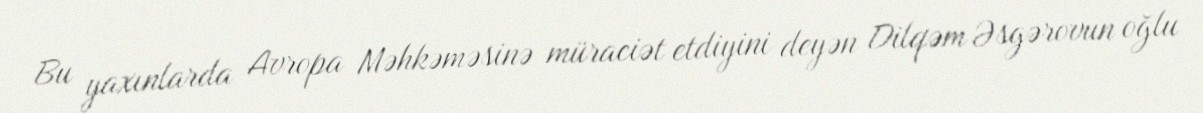
Bu yaxınlarda Avropa Məhkəməsinə müraciət etdiyini deyən Dilqəm Əsgərovun oğlu